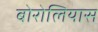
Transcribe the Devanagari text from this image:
बोरोलियास